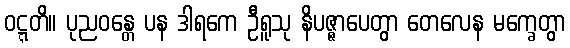
ဝဋ္ဋတိ။ ပုညဝန္တေ ပန ဒါရကေ ဦရူသု နိပဇ္ဇာပေတွာ တေလေန မက္ခေတွာ